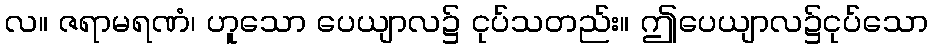
လ။ ဇရာမရဏံ၊ ဟူသော ပေယျာလ၌ ငုပ်သတည်း။ ဤပေယျာလ၌ငုပ်သော